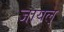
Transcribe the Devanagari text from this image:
जायल्